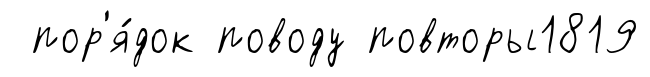
пор'я́док поводу повторы1819